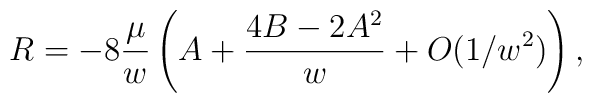
R = -8 \frac{\mu}{w} \left( A + \frac{4 B - 2 A^2}{w} 	+ O(1/w^2) \right),